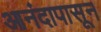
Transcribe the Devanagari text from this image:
आनंदापासून